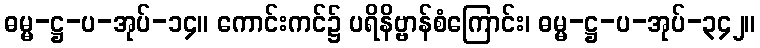
ဓမ္မ-ဋ္ဌ-ပ-အုပ်-၁၄။ ကောင်းကင်၌ ပရိနိဗ္ဗာန်စံကြောင်း၊ ဓမ္မ-ဋ္ဌ-ပ-အုပ်-၃၄၂။